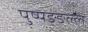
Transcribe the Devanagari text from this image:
पुष्पङ्ङल्ल